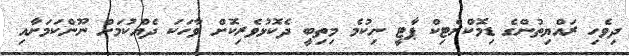
ދިވެހި ރައްޔިތުންގެ ޑިމޮކްރެޓިކް ޕާޓީ ނިކުމެ މިތިބީ ދެކޮޅުވެރިކޮށް ވާހަކަ ދެއްކުމަށް ނޫންކަމަށާއި